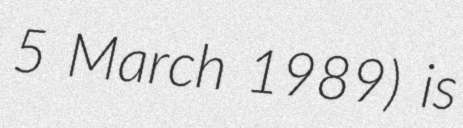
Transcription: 5 March 1989) is